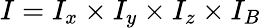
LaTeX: I=I_{x}\times I_{y}\times I_{z}\times I_{B}